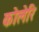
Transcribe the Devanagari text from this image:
कोलेरि